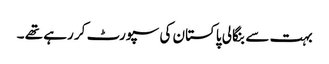
بہت سے بنگالی پاکستان کی سپورٹ کر رہے تھے ۔